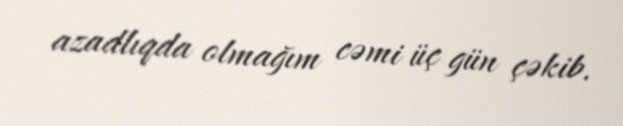
azadlıqda olmağım cəmi üç gün çəkib.